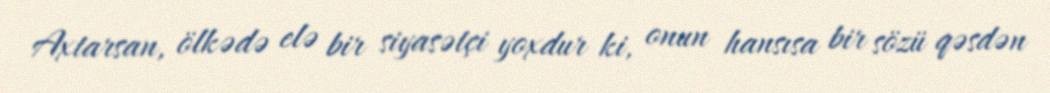
Axtarsan, ölkədə elə bir siyasətçi yoxdur ki, onun hansısa bir sözü qəsdən